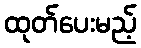
ထုတ်ပေးမည့်